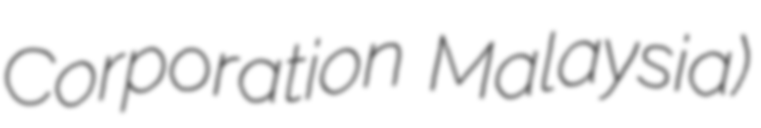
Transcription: Corporation Malaysia)